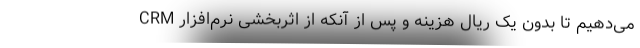
می‌دهیم تا بدون یک ریال هزینه و پس از آنکه از اثربخشی نرم‌افزار CRM